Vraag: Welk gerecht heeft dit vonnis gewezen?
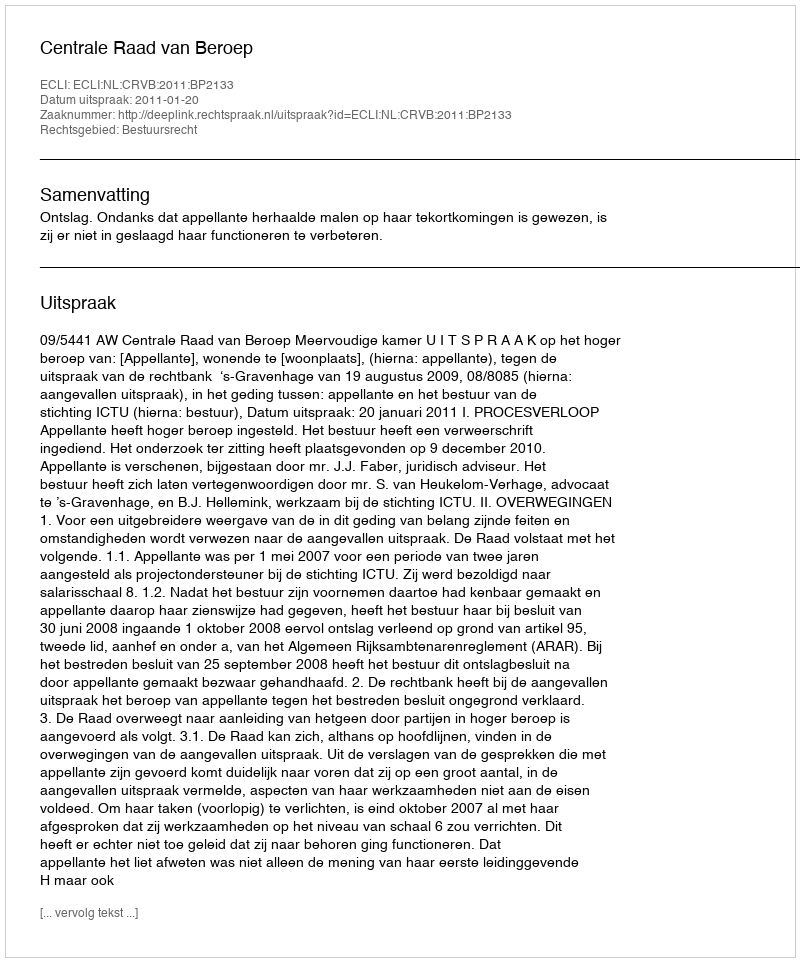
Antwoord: Centrale Raad van Beroep